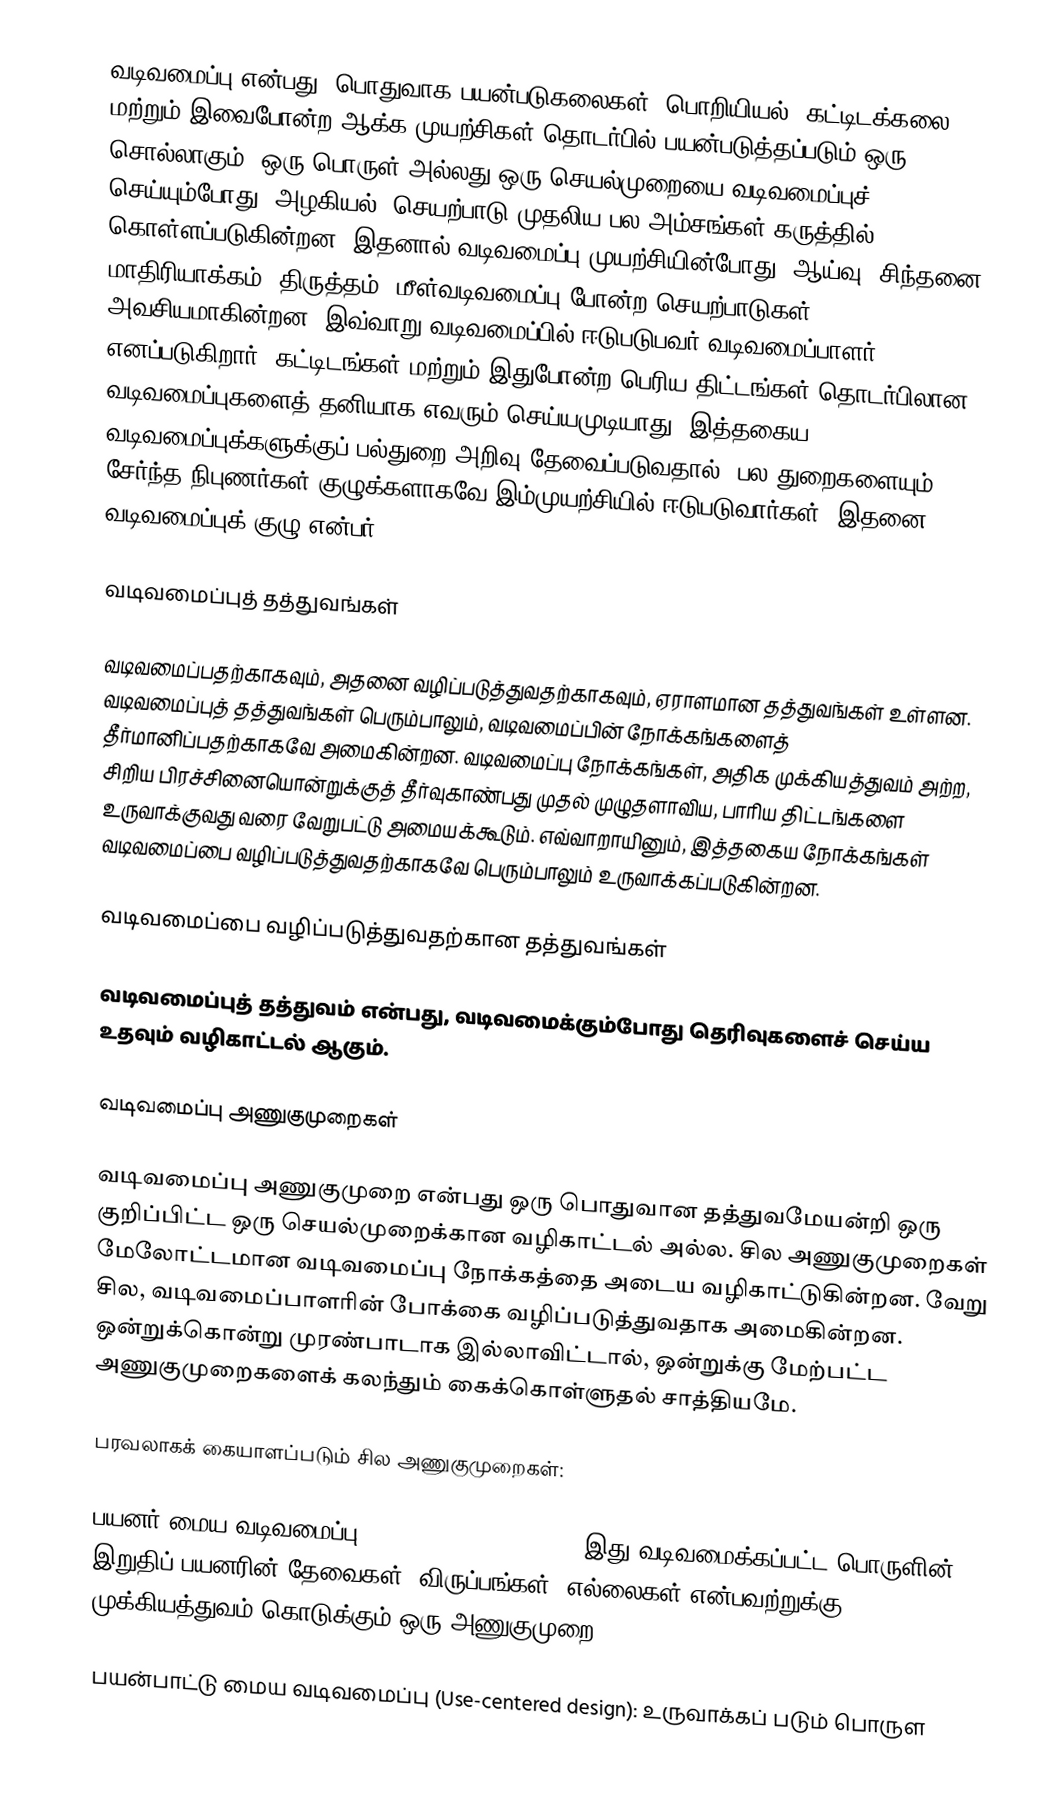
வடிவமைப்பு என்பது, பொதுவாக பயன்படுகலைகள், பொறியியல், கட்டிடக்கலை மற்றும் இவைபோன்ற ஆக்க முயற்சிகள் தொடர்பில் பயன்படுத்தப்படும் ஒரு சொல்லாகும். ஒரு பொருள் அல்லது ஒரு செயல்முறையை வடிவமைப்புச் செய்யும்போது, அழகியல், செயற்பாடு முதலிய பல அம்சங்கள் கருத்தில் கொள்ளப்படுகின்றன. இதனால் வடிவமைப்பு முயற்சியின்போது, ஆய்வு, சிந்தனை, மாதிரியாக்கம், திருத்தம், மீள்வடிவமைப்பு போன்ற செயற்பாடுகள் அவசியமாகின்றன. இவ்வாறு வடிவமைப்பில் ஈடுபடுபவர் வடிவமைப்பாளர் எனப்படுகிறார். கட்டிடங்கள் மற்றும் இதுபோன்ற பெரிய திட்டங்கள் தொடர்பிலான வடிவமைப்புகளைத் தனியாக எவரும் செய்யமுடியாது. இத்தகைய வடிவமைப்புக்களுக்குப் பல்துறை அறிவு தேவைப்படுவதால், பல துறைகளையும் சேர்ந்த நிபுணர்கள் குழுக்களாகவே இம்முயற்சியில் ஈடுபடுவார்கள். இதனை வடிவமைப்புக் குழு என்பர்.

வடிவமைப்புத் தத்துவங்கள்

வடிவமைப்பதற்காகவும், அதனை வழிப்படுத்துவதற்காகவும், ஏராளமான தத்துவங்கள் உள்ளன. வடிவமைப்புத் தத்துவங்கள் பெரும்பாலும், வடிவமைப்பின் நோக்கங்களைத் தீர்மானிப்பதற்காகவே அமைகின்றன. வடிவமைப்பு நோக்கங்கள், அதிக முக்கியத்துவம் அற்ற, சிறிய பிரச்சினையொன்றுக்குத் தீர்வுகாண்பது முதல் முழுதளாவிய, பாரிய திட்டங்களை உருவாக்குவது வரை வேறுபட்டு அமையக்கூடும். எவ்வாறாயினும், இத்தகைய நோக்கங்கள் வடிவமைப்பை வழிப்படுத்துவதற்காகவே பெரும்பாலும் உருவாக்கப்படுகின்றன.

வடிவமைப்பை வழிப்படுத்துவதற்கான தத்துவங்கள்

வடிவமைப்புத் தத்துவம் என்பது, வடிவமைக்கும்போது தெரிவுகளைச் செய்ய உதவும் வழிகாட்டல் ஆகும்.

வடிவமைப்பு அணுகுமுறைகள்

வடிவமைப்பு அணுகுமுறை என்பது ஒரு பொதுவான தத்துவமேயன்றி ஒரு குறிப்பிட்ட ஒரு செயல்முறைக்கான வழிகாட்டல் அல்ல. சில அணுகுமுறைகள் மேலோட்டமான வடிவமைப்பு நோக்கத்தை அடைய வழிகாட்டுகின்றன. வேறு சில, வடிவமைப்பாளரின் போக்கை வழிப்படுத்துவதாக அமைகின்றன. ஒன்றுக்கொன்று முரண்பாடாக இல்லாவிட்டால், ஒன்றுக்கு மேற்பட்ட அணுகுமுறைகளைக் கலந்தும் கைக்கொள்ளுதல் சாத்தியமே.

பரவலாகக் கையாளப்படும் சில அணுகுமுறைகள்:

 பயனர் மைய வடிவமைப்பு (User centered design): இது வடிவமைக்கப்பட்ட பொருளின் இறுதிப் பயனரின் தேவைகள், விருப்பங்கள், எல்லைகள் என்பவற்றுக்கு முக்கியத்துவம் கொடுக்கும் ஒரு அணுகுமுறை.

 பயன்பாட்டு மைய வடிவமைப்பு (Use-centered design): உருவாக்கப் படும் பொருள